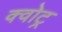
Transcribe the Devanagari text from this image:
क्वोट्र